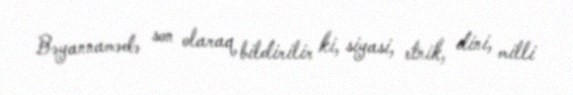
Bəyannamədə son olaraq bildirilir ki, siyasi, etnik, dini, milli